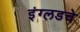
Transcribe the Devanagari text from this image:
इंग्लडचे